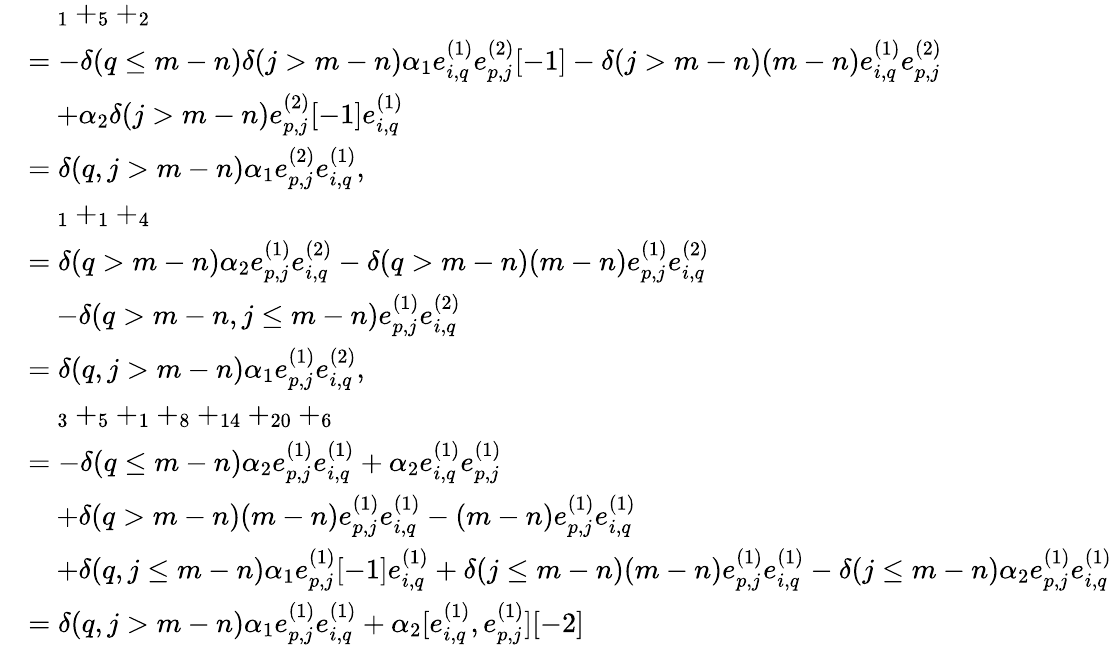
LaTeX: \begin{array}{rl}&{\quad_{1}+_{5}+_{2}}\\ &{=-\delta(q\leq m-n)\delta(j>m-n)\alpha_{1}e_{i,q}^{(1)}e_{p,j}^{(2)}[-1]-\delta(j>m-n)(m-n)e_{i,q}^{(1)}e_{p,j}^{(2)}}\\ &{\quad+\alpha_{2}\delta(j>m-n)e_{p,j}^{(2)}[-1]e_{i,q}^{(1)}}\\ &{=\delta(q,j>m-n)\alpha_{1}e_{p,j}^{(2)}e_{i,q}^{(1)},}\\ &{\quad_{1}+_{1}+_{4}}\\ &{=\delta(q>m-n)\alpha_{2}e_{p,j}^{(1)}e_{i,q}^{(2)}-\delta(q>m-n)(m-n)e_{p,j}^{(1)}e_{i,q}^{(2)}}\\ &{\quad-\delta(q>m-n,j\leq m-n)e_{p,j}^{(1)}e_{i,q}^{(2)}}\\ &{=\delta(q,j>m-n)\alpha_{1}e_{p,j}^{(1)}e_{i,q}^{(2)},}\\ &{\quad_{3}+_{5}+_{1}+_{8}+_{14}+_{20}+_{6}}\\ &{=-\delta(q\leq m-n)\alpha_{2}e_{p,j}^{(1)}e_{i,q}^{(1)}+\alpha_{2}e_{i,q}^{(1)}e_{p,j}^{(1)}}\\ &{\quad+\delta(q>m-n)(m-n)e_{p,j}^{(1)}e_{i,q}^{(1)}-(m-n)e_{p,j}^{(1)}e_{i,q}^{(1)}}\\ &{\quad+\delta(q,j\leq m-n)\alpha_{1}e_{p,j}^{(1)}[-1]e_{i,q}^{(1)}+\delta(j\leq m-n)(m-n)e_{p,j}^{(1)}e_{i,q}^{(1)}-\delta(j\leq m-n)\alpha_{2}e_{p,j}^{(1)}e_{i,q}^{(1)}}\\ &{=\delta(q,j>m-n)\alpha_{1}e_{p,j}^{(1)}e_{i,q}^{(1)}+\alpha_{2}[e_{i,q}^{(1)},e_{p,j}^{(1)}][-2]}\end{array}